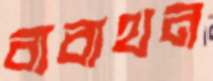
বাবাথন